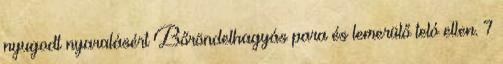
nyugodt nyaralásért Bőröndelhagyás para és lemerülő teló ellen. 7